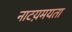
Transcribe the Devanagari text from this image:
नाटय़मयता